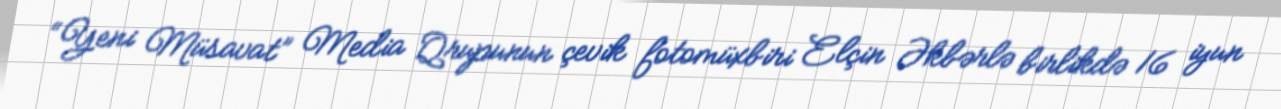
“Yeni Müsavat” Media Qrupunun çevik fotomüxbiri Elçin Əkbərlə birlikdə 16 iyun